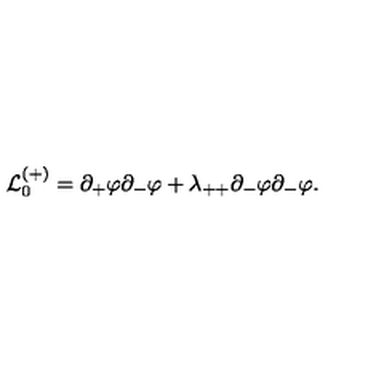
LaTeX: { \cal L } _ { 0 } ^ { ( + ) } = \partial _ { + } \varphi \partial _ { - } \varphi + \lambda _ { + + } \partial _ { - } \varphi \partial _ { - } \varphi .